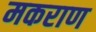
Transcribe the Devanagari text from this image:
मकराण